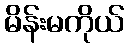
မိန်းမကိုယ်